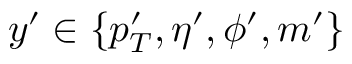
y ^ { \prime } \in \{ p _ { T } ^ { \prime } , \eta ^ { \prime } , \phi ^ { \prime } , m ^ { \prime } \}